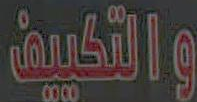
والتكييف